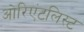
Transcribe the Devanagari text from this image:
ओरिएंटलिस्ट